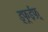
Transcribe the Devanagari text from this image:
ड्फूईफ़़्